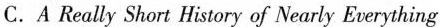
C. A Really Short History of Nearly Everything